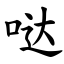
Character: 哒